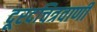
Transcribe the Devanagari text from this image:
दूरदचित्रवाणी